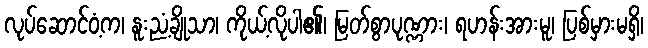
လုပ်ဆောင်ဝံ့က၊ နူးညံ့ချိုသာ၊ ကိုယ့်လိုပါ၏၊ မြတ်စွာပုဏ္ဏား၊ ရဟန်းအားမူ၊ ပြစ်မှားမရှိ၊